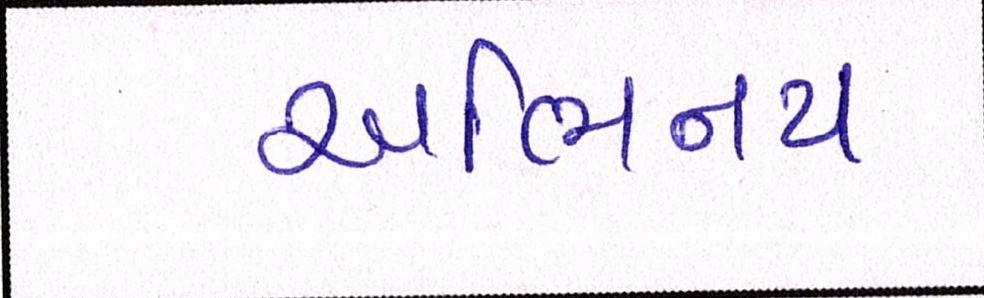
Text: અભિનય